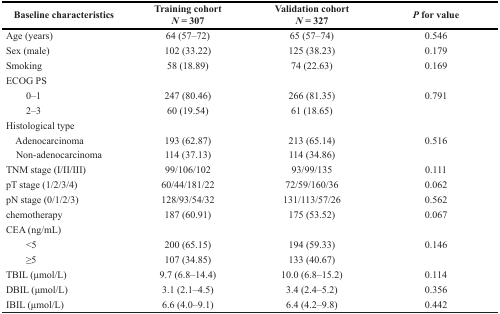
<table><thead><tr><td><b>Baseline characteristics</b></td><td><b>Training cohort<i>N</i> = 307</b></td><td><b>Validation cohort<i>N</i> = 327</b></td><td><b><i>P</i> for value</b></td></tr></thead><tbody><tr><td>Age (years)</td><td>64 (57–72)</td><td>65 (57–74)</td><td>0.546</td></tr><tr><td>Sex (male)</td><td>102 (33.22)</td><td>125 (38.23)</td><td>0.179</td></tr><tr><td>Smoking</td><td>58 (18.89)</td><td>74 (22.63)</td><td>0.169</td></tr><tr><td>ECOG PS</td><td></td><td></td><td></td></tr><tr><td>0–1</td><td>247 (80.46)</td><td>266 (81.35)</td><td>0.791</td></tr><tr><td>2–3</td><td>60 (19.54)</td><td>61 (18.65)</td><td></td></tr><tr><td>Histological type</td><td></td><td></td><td></td></tr><tr><td> Adenocarcinoma</td><td>193 (62.87)</td><td>213 (65.14)</td><td>0.516</td></tr><tr><td> Non-adenocarcinoma</td><td>114 (37.13)</td><td>114 (34.86)</td><td></td></tr><tr><td>TNM stage (I/II/III)</td><td>99/106/102</td><td>93/99/135</td><td>0.111</td></tr><tr><td>pT stage (1/2/3/4)</td><td>60/44/181/22</td><td>72/59/160/36</td><td>0.062</td></tr><tr><td>pN stage (0/1/2/3)</td><td>128/93/54/32</td><td>131/113/57/26</td><td>0.562</td></tr><tr><td>chemotherapy</td><td>187 (60.91)</td><td>175 (53.52)</td><td>0.067</td></tr><tr><td>CEA (ng/mL)</td><td></td><td></td><td></td></tr><tr><td>&lt;5</td><td>200 (65.15)</td><td>194 (59.33)</td><td>0.146</td></tr><tr><td>≥5</td><td>107 (34.85)</td><td>133 (40.67)</td><td></td></tr><tr><td>TBIL (μmol/L)</td><td>9.7 (6.8–14.4)</td><td>10.0 (6.8–15.2)</td><td>0.114</td></tr><tr><td>DBIL (μmol/L)</td><td>3.1 (2.1–4.5)</td><td>3.4 (2.4–5.2)</td><td>0.356</td></tr><tr><td>IBIL (μmol/L)</td><td>6.6 (4.0–9.1)</td><td>6.4 (4.2–9.8)</td><td>0.442</td></tr></tbody></table>